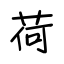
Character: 荷